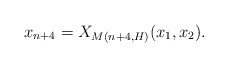
\begin{align*}x_{n+4} = X_{M(n+4, H)}(x_1, x_2).\end{align*}